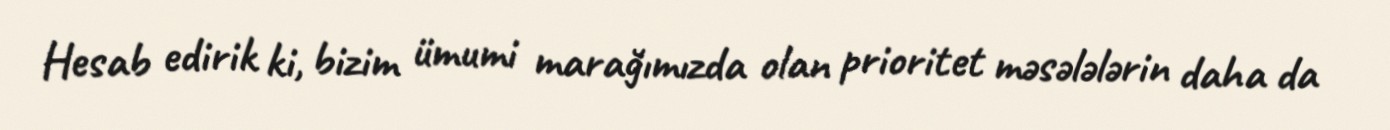
Hesab edirik ki, bizim ümumi marağımızda olan prioritet məsələlərin daha da